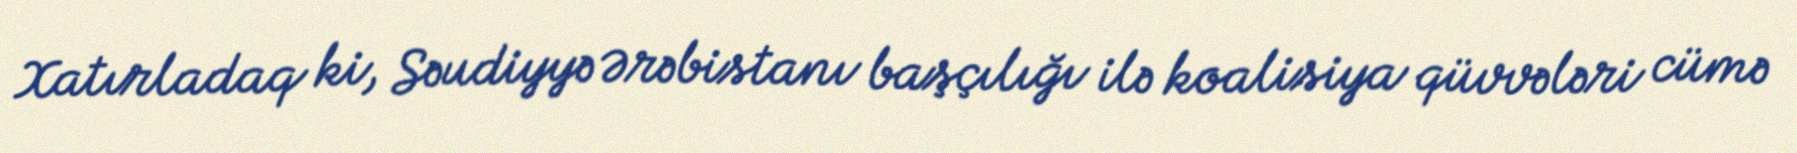
Xatırladaq ki, Səudiyyə Ərəbistanı başçılığı ilə koalisiya qüvvələri cümə